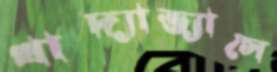
খাদ্যাভ্যাসে